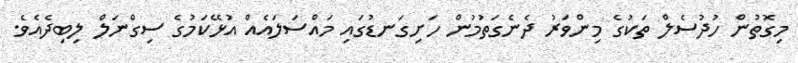
މިގޮތުން ހުދުސެލް ތަކުގެ މިންވަރު ދެނެގަތުމުން ހަށިގަނޑުގައި މައްސަލައެއް އުޅޭކަމުގެ ސިގްނަލް ލިބިދެއެވެ.